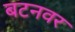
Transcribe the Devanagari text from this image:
बटनवर